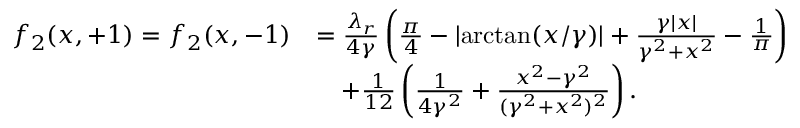
\begin{array} { r l } { f _ { 2 } ( x , + 1 ) = f _ { 2 } ( x , - 1 ) } & { = \frac { \lambda _ { r } } { 4 \gamma } \left( \frac { \pi } { 4 } - \lvert \arctan ( x / \gamma ) \rvert + \frac { \gamma \lvert x \rvert } { \gamma ^ { 2 } + x ^ { 2 } } - \frac { 1 } { \pi } \right) } \\ & { \quad + \frac { 1 } { 1 2 } \left( \frac { 1 } { 4 \gamma ^ { 2 } } + \frac { x ^ { 2 } - \gamma ^ { 2 } } { ( \gamma ^ { 2 } + x ^ { 2 } ) ^ { 2 } } \right) . } \end{array}